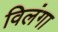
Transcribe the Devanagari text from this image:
विलंगा